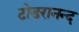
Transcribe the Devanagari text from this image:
टोडरानन्द